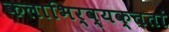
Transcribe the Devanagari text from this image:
कलाभिर्व्यक्ततां